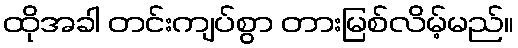
ထိုအခါ တင်းကျပ်စွာ တားမြစ်လိမ့်မည်။